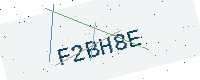
Text: F2BH8E